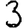
Digit: 3